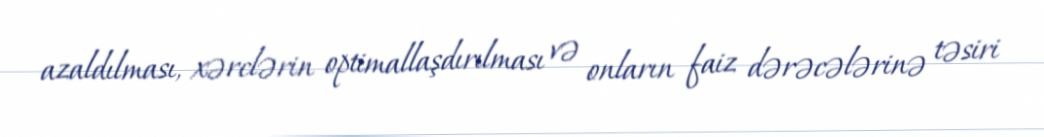
azaldılması, xərclərin optimallaşdırılması və onların faiz dərəcələrinə təsiri